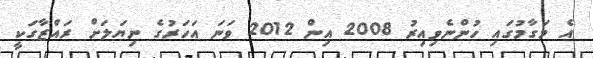
އެ މަގާމުގައި ހުންނެވިއިރު 2008 އިން 2012 ވަނަ އަހަރުގެ ނިޔަލަށް ރައްޒާގަކީ